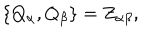
LaTeX: \{ Q _ { \alpha } , Q _ { \beta } \} = Z _ { \alpha \beta } ,